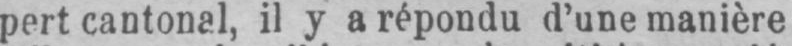
pert cantonal, il y a répondu d’une manière